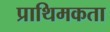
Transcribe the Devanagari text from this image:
प्राथिमकता